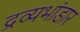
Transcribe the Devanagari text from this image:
द्रव्यभांडार